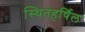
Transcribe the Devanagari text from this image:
स्थितहर्षिल